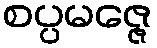
စပ္ပမဇ္ဇေ